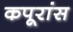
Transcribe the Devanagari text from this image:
कपूरांस